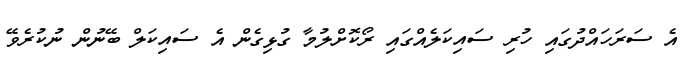
އެ ސަރަހައްދުގައި ހުރި ސައިކަލެއްގައި ރޯކޮށްލުމާ ގުޅިގެން އެ ސައިކަލް ބޭނުން ނުކުރެވޭ